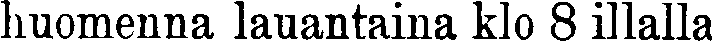
huomenna lauantaina klo 8 illalla